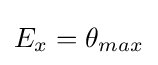
E_{x}=\theta _{max}